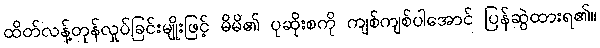
ထိတ်လန့်တုန်လှုပ်ခြင်းမျိုးဖြင့် မိမိ၏ ပုဆိုးစကို ကျစ်ကျစ်ပါအောင် ပြန်ဆွဲထားရ၏။